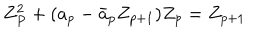
Z _ { P } ^ { 2 } + ( a _ { p } - \bar { a } _ { p } Z _ { p + 1 } ) Z _ { p } = Z _ { p + 1 }